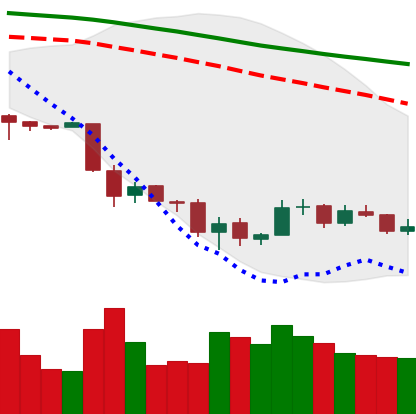
Ticker: BTC-USD
Chart end date: 2018-12-04
Forward return: -8.66%
Label: down_7plus